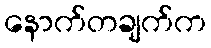
နောက်တချက်က